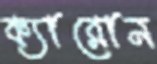
ক্যারোন